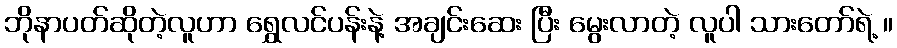
ဘိုနာပတ်ဆိုတဲ့လူဟာ ရွှေလင်ပန်းနဲ့ အချင်းဆေး ပြီး မွေးလာတဲ့ လူပါ သားတော်ရဲ့ ။